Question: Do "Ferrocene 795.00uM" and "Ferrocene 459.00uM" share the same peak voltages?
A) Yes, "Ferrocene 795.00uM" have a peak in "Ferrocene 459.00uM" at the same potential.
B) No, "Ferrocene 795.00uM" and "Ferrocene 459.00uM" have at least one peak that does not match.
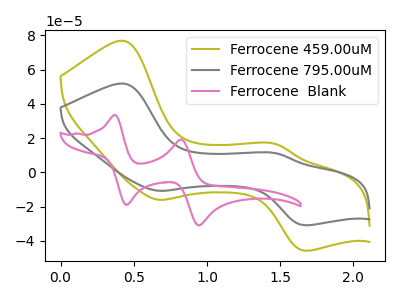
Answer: <think>The olive curve "Ferrocene 459.00uM" has anodic peaks at (0.45V, 76.85uA) (1.45V, 16.60uA) and cathodic peaks at (0.70V, -16.05uA) (1.65V, -45.75uA). The gray curve "Ferrocene 795.00uM" has anodic peaks at (0.45V, 51.85uA) (1.45V, 11.20uA) and cathodic peaks at (0.70V, -10.85uA) (1.65V, -30.90uA). The pink curve "Ferrocene  Blank" has anodic peaks at (0.35V, 33.50uA) (0.80V, 19.20uA) and cathodic peaks at (0.45V, -19.05uA) (0.95V, -30.95uA).</think>
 <answer>A) Yes, "Ferrocene 795.00uM" have a peak in "Ferrocene 459.00uM" at the same potential.</answer>
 <eval>A</eval>